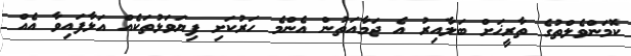
ކޮމަންވެލްތުގެ ތާރީޚަށް ބަލާއިރު އެ ޖަމާއަތުން އެންމެ ހަރުކަށި ފިޔަވަޅުތަކެއް އަޅާފައިވާ އެއް